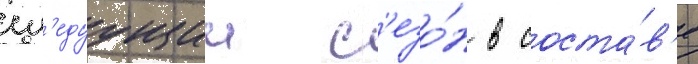
сл'едуущии с'езо́н в соста́в'е